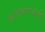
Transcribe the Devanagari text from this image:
कलाकारांनाही